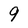
Character: 9